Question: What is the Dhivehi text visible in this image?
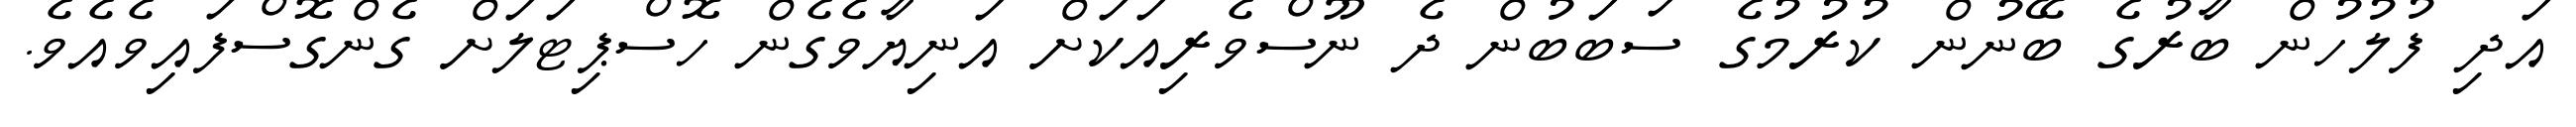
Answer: އަދި ފުލުހުން ބާރުގެ ބޭނުން ކުރުމުގެ ސަބަބުން ދެ ނޫސްވެރިއަކަށް އަނިޔާވެގެން ހޮސްޕިޓަލަށް ގެންގޮސްފައިވެއެވެ.